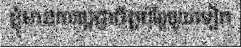
ខ្ញុំមានការប្តេជ្ញាចិត្តប៉ុន្តែមួយទៀត